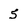
Character: 5